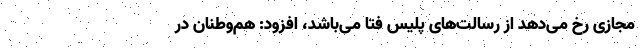
مجازی رخ می‌دهد از رسالت‌های پلیس فتا می‌باشد، افزود: هم‌وطنان در